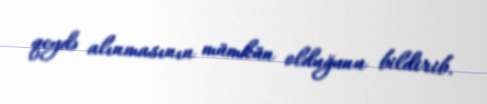
qeydə alınmasının mümkün olduğunu bildirib.